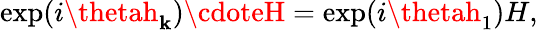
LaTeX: \exp(i\thetah_{\mathbf{k}})\cdoteH=\exp(i\thetah_{1})H,